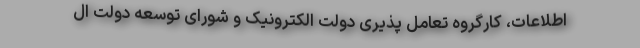
اطلاعات، کارگروه تعامل پذیری دولت الکترونیک و شورای توسعه دولت ال